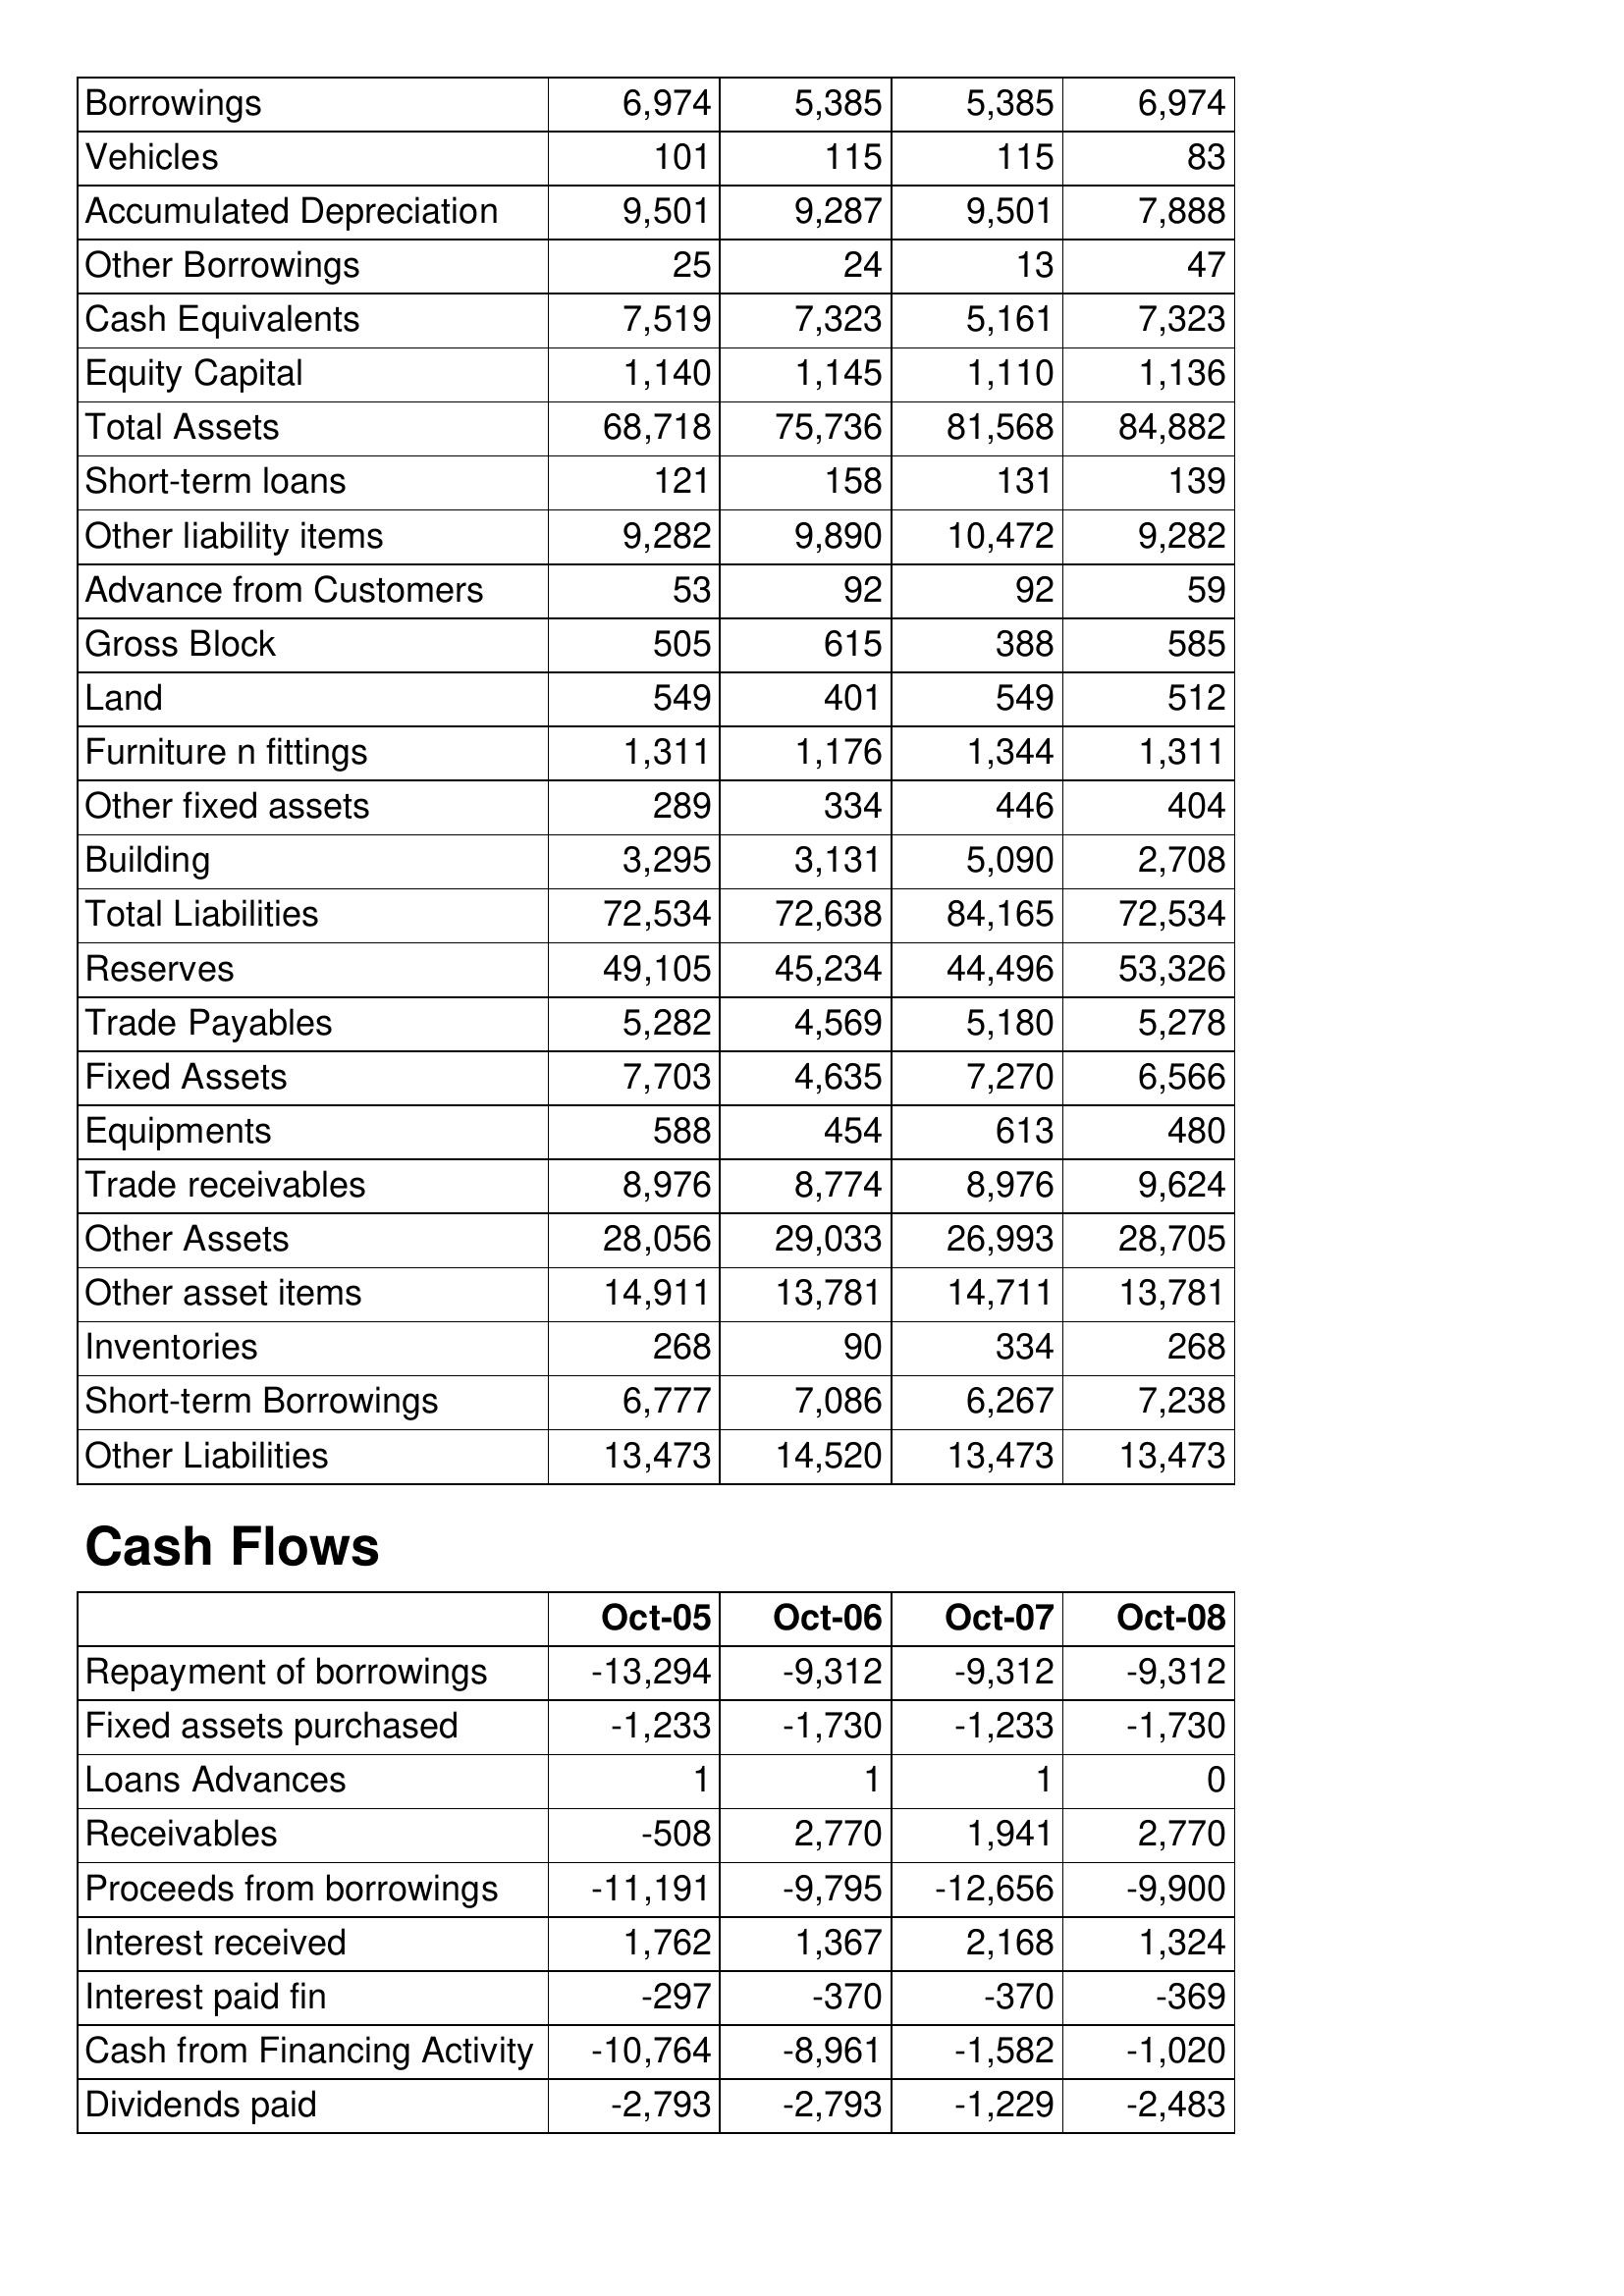
Oct-05: Balance Sheet: Borrowings: 6,974
Vehicles: 101
Accumulated Depreciation: 9,501
Other Borrowings: 25
Cash Equivalents: 7,519
Equity Capital: 1,140
Total Assets: 68,718
Short-term loans: 121
Other liability items: 9,282
Advance from Customers: 53
Gross Block: 505
Land: 549
Furniture n fittings: 1,311
Other fixed assets: 289
Building: 3,295
Total Liabilities: 72,534
Reserves: 49,105
Trade Payables: 5,282
Fixed Assets: 7,703
Equipments: 588
Trade receivables: 8,976
Other Assets: 28,056
Other asset items: 14,911
Inventories: 268
Short-term Borrowings: 6,777
Other Liabilities: 13,473
Cash Flows: Repayment of borrowings: -13,294
Fixed assets purchased: -1,233
Loans Advances: 1
Receivables: -508
Proceeds from borrowings: -11,191
Interest received: 1,762
Interest paid fin: -297
Cash from Financing Activity: -10,764
Dividends paid: -2,793
Oct-06: Balance Sheet: Borrowings: 5,385
Vehicles: 115
Accumulated Depreciation: 9,287
Other Borrowings: 24
Cash Equivalents: 7,323
Equity Capital: 1,145
Total Assets: 75,736
Short-term loans: 158
Other liability items: 9,890
Advance from Customers: 92
Gross Block: 615
Land: 401
Furniture n fittings: 1,176
Other fixed assets: 334
Building: 3,131
Total Liabilities: 72,638
Reserves: 45,234
Trade Payables: 4,569
Fixed Assets: 4,635
Equipments: 454
Trade receivables: 8,774
Other Assets: 29,033
Other asset items: 13,781
Inventories: 90
Short-term Borrowings: 7,086
Other Liabilities: 14,520
Cash Flows: Repayment of borrowings: -9,312
Fixed assets purchased: -1,730
Loans Advances: 1
Receivables: 2,770
Proceeds from borrowings: -9,795
Interest received: 1,367
Interest paid fin: -370
Cash from Financing Activity: -8,961
Dividends paid: -2,793
Oct-07: Balance Sheet: Borrowings: 5,385
Vehicles: 115
Accumulated Depreciation: 9,501
Other Borrowings: 13
Cash Equivalents: 5,161
Equity Capital: 1,110
Total Assets: 81,568
Short-term loans: 131
Other liability items: 10,472
Advance from Customers: 92
Gross Block: 388
Land: 549
Furniture n fittings: 1,344
Other fixed assets: 446
Building: 5,090
Total Liabilities: 84,165
Reserves: 44,496
Trade Payables: 5,180
Fixed Assets: 7,270
Equipments: 613
Trade receivables: 8,976
Other Assets: 26,993
Other asset items: 14,711
Inventories: 334
Short-term Borrowings: 6,267
Other Liabilities: 13,473
Cash Flows: Repayment of borrowings: -9,312
Fixed assets purchased: -1,233
Loans Advances: 1
Receivables: 1,941
Proceeds from borrowings: -12,656
Interest received: 2,168
Interest paid fin: -370
Cash from Financing Activity: -1,582
Dividends paid: -1,229
Oct-08: Balance Sheet: Borrowings: 6,974
Vehicles: 83
Accumulated Depreciation: 7,888
Other Borrowings: 47
Cash Equivalents: 7,323
Equity Capital: 1,136
Total Assets: 84,882
Short-term loans: 139
Other liability items: 9,282
Advance from Customers: 59
Gross Block: 585
Land: 512
Furniture n fittings: 1,311
Other fixed assets: 404
Building: 2,708
Total Liabilities: 72,534
Reserves: 53,326
Trade Payables: 5,278
Fixed Assets: 6,566
Equipments: 480
Trade receivables: 9,624
Other Assets: 28,705
Other asset items: 13,781
Inventories: 268
Short-term Borrowings: 7,238
Other Liabilities: 13,473
Cash Flows: Repayment of borrowings: -9,312
Fixed assets purchased: -1,730
Loans Advances: 0
Receivables: 2,770
Proceeds from borrowings: -9,900
Interest received: 1,324
Interest paid fin: -369
Cash from Financing Activity: -1,020
Dividends paid: -2,483